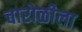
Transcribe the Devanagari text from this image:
चारोळीला